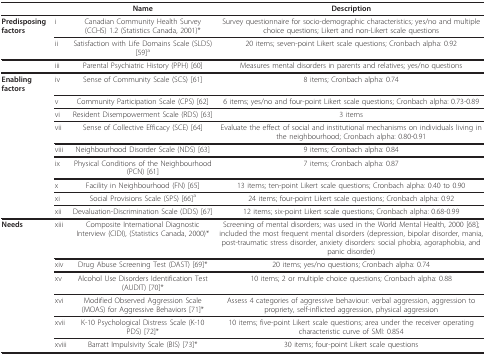
<table><thead><tr><td></td><td></td><td><b>Name</b></td><td><b>Description</b></td></tr></thead><tbody><tr><td><b>Predisposing factors</b></td><td>i</td><td>Canadian Community Health Survey (CCHS) 1.2 (Statistics Canada, 2001)*</td><td>Survey questionnaire for socio-demographic characteristics; yes/no and multiple choice questions; Likert and non-Likert scale questions</td></tr><tr><td></td><td>ii</td><td>Satisfaction with Life Domains Scale (SLDS) [59]<sup>a</sup></td><td>20 items; seven-point Likert scale questions; Cronbach alpha: 0.92</td></tr><tr><td></td><td>iii</td><td>Parental Psychiatric History (PPH) [60]</td><td>Measures mental disorders in parents and relatives; yes/no questions</td></tr><tr><td><b>Enabling factors</b></td><td>iv</td><td>Sense of Community Scale (SCS) [61]</td><td>8 items; Cronbach alpha: 0.74</td></tr><tr><td></td><td>v</td><td>Community Participation Scale (CPS) [62]</td><td>6 items; yes/no and four-point Likert scale questions; Cronbach alpha: 0.73-0.89</td></tr><tr><td></td><td>vi</td><td>Resident Disempowerment Scale (RDS) [63]</td><td>3 items</td></tr><tr><td></td><td>vii</td><td>Sense of Collective Efficacy (SCE) [64]</td><td>Evaluate the effect of social and institutional mechanisms on individuals living in the neighbourhood; Cronbach alpha: 0.80-0.91</td></tr><tr><td></td><td>viii</td><td>Neighbourhood Disorder Scale (NDS) [63]</td><td>9 items; Cronbach alpha: 0.84</td></tr><tr><td></td><td>ix</td><td>Physical Conditions of the Neighbourhood (PCN) [61]</td><td>7 items; Cronbach alpha: 0.87</td></tr><tr><td></td><td>x</td><td>Facility in Neighbourhood (FN) [65]</td><td>13 items; ten-point Likert scale questions; Cronbach alpha: 0.40 to 0.90</td></tr><tr><td></td><td>xi</td><td>Social Provisions Scale (SPS) [66]<sup>a</sup></td><td>24 items; four-point Likert scale questions; Cronbach alpha: 0.92</td></tr><tr><td></td><td>xii</td><td>Devaluation-Discrimination Scale (DDS) [67]</td><td>12 items; six-point Likert scale questions; Cronbach alpha: 0.68-0.99</td></tr><tr><td><b>Needs</b></td><td>xiii</td><td>Composite International Diagnostic Interview (CIDI), (Statistics Canada, 2000)*</td><td>Screening of mental disorders; was used in the World Mental Health, 2000 [68]; included the most frequent mental disorders (depression, bipolar disorder, mania, post-traumatic stress disorder, anxiety disorders: social phobia, agoraphobia, and panic disorder)</td></tr><tr><td></td><td>xiv</td><td>Drug Abuse Screening Test (DAST) [69]*</td><td>20 items; yes/no questions; Cronbach alpha: 0.74</td></tr><tr><td></td><td>xv</td><td>Alcohol Use Disorders Identification Test (AUDIT) [70]*</td><td>10 items; 2 or multiple choice questions; Cronbach alpha: 0.88</td></tr><tr><td></td><td>xvi</td><td>Modified Observed Aggression Scale (MOAS) for Aggressive Behaviors [71]*</td><td>Assess 4 categories of aggressive behaviour: verbal aggression, aggression to propriety, self-inflicted aggression, physical aggression</td></tr><tr><td></td><td>xvii</td><td>K-10 Psychological Distress Scale (K-10 PDS) [72]*</td><td>10 items; five-point Likert scale questions; area under the receiver operating characteristic curve of SMI: 0.854</td></tr><tr><td></td><td>xviii</td><td>Barratt Impulsivity Scale (BIS) [73]*</td><td>30 items; four-point Likert scale questions</td></tr></tbody></table>